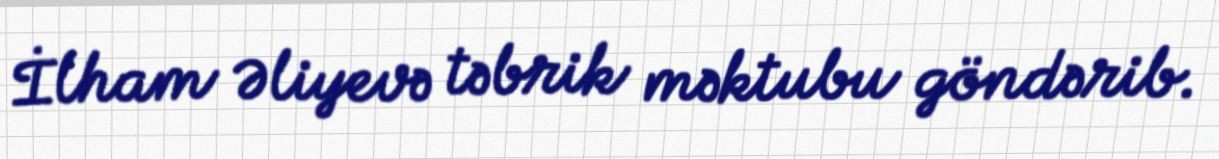
İlham Əliyevə təbrik məktubu göndərib.